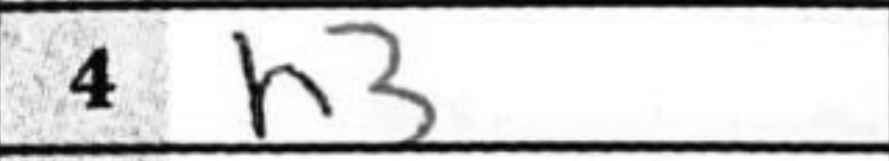
Transcription: h3